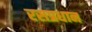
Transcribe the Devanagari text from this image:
रसप्रधान